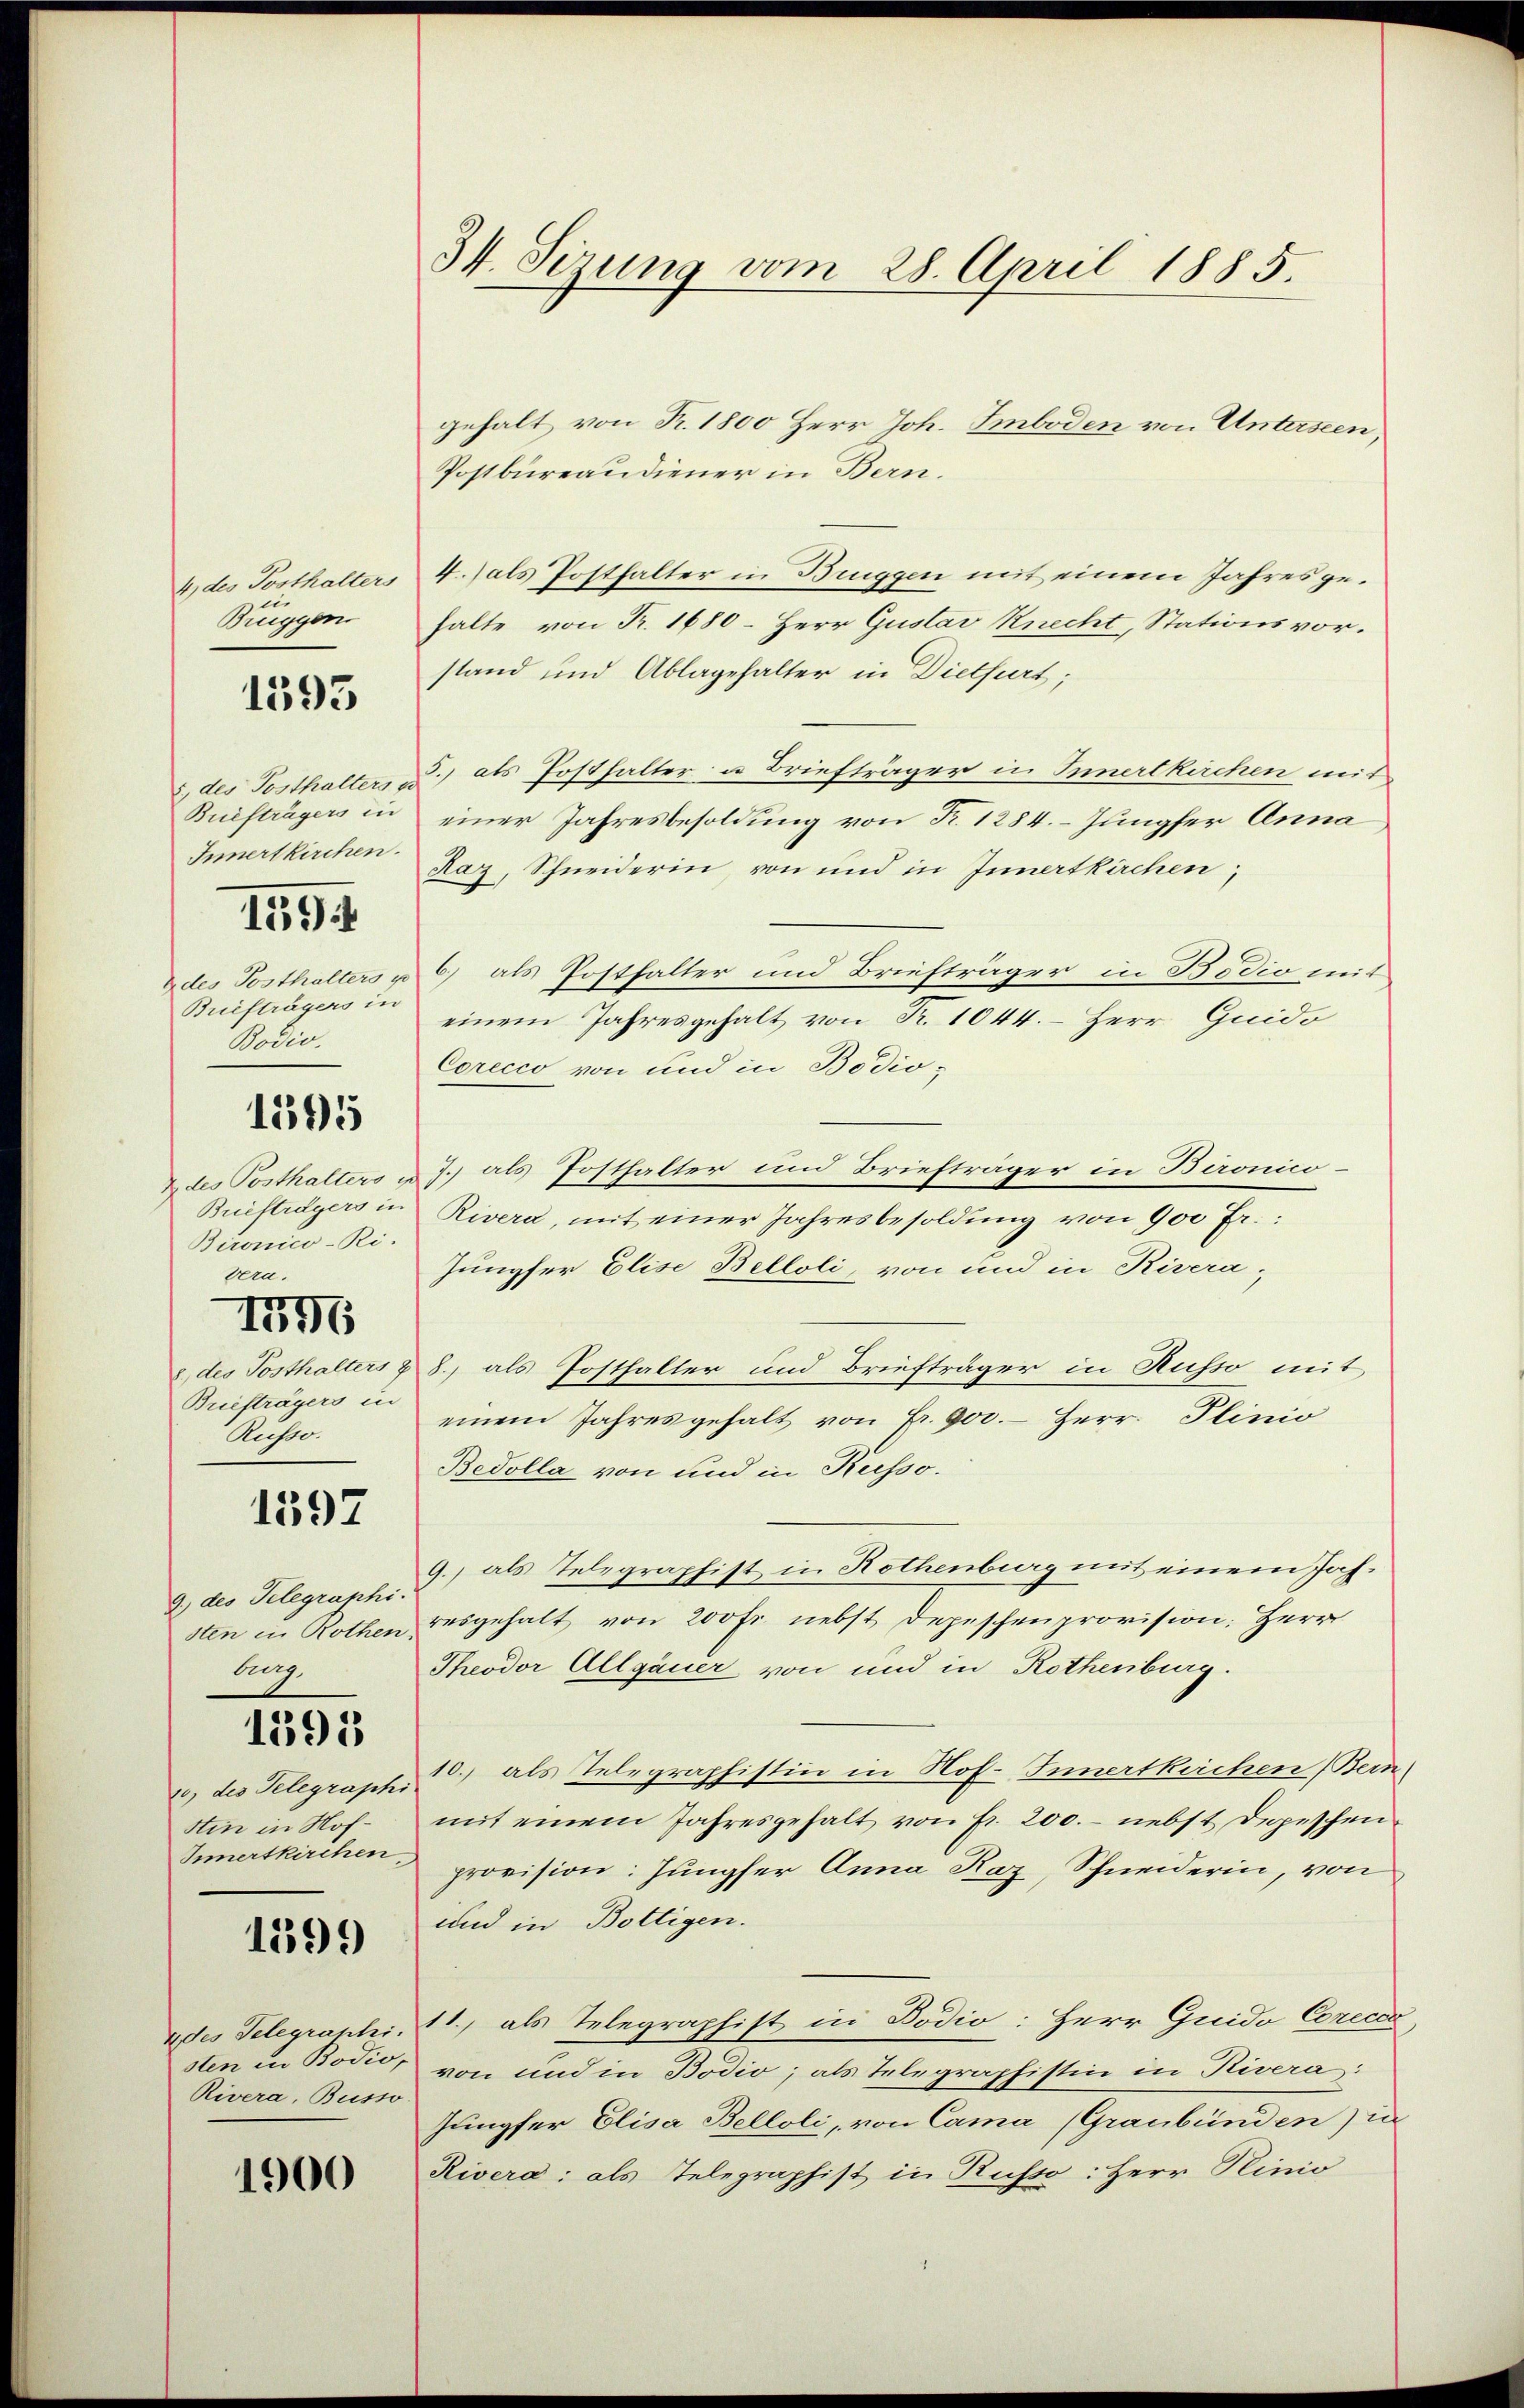
4 des Posthalters
i
Bruggen

1393

5., des Posthalters u
Briefträgers in
Innertkirchen.

159

ades Posthalters
Briefträgers in
Bodio.

1595

2 des Posthalters
Buiftrdyers in
Bironico-Ri-
vera.
1776
2. des Posthalters z
Briefträgers in
Russo.

1597

9.) des Telegraphi.
sten in Rothen
Aug.

1395

20) des Telegraph
stin in Hof¬
Innertkirchen

1599

udes Telegraphi
sten in Bodio,
Rivera, Busse

1900

34. Sizung vom 28. April 1885.

gehalt von Fr. 1800 Herr Joh. Smboden von Unterseen
Postbureaudiener in Bern.
4. als Posthalter in Bruggen mit einem Jahres gehalte von Fr. 1680 - Herr Gustav Knecht, Stationsvorstand und Ablagehalter in Dietfurt;
5. als Posthalter u Briefträger in Innertkirchen mit
einer Jahresbesoldung von R. 1284. Jungfer Anna
Raz, Schneiderin, von und in Innertkirchen;
b) als Postfalter und Briefträger in Bodio mit
einem Jahresgehalt von R. 1044. Herr Guido
Corecco von und in Bodio¬
J. als Posthalter und Briefträger in Bironico¬
Rivera, mit einer Jahresbesoldung von 900 fr.:
Jungfer Elise Belloli, von und in Rivera-
8.) als Posthalter und Briefträger in Russo mit
einem Jahresgehalt von Fr. 900. Herr. Plinio
Bedolla von und in Kusso.
9.) als Telegraphist in Rothenberg mit einem Jahresgehalt von 200 fr. nebst Depeschenprovision; Herr
Theodor Allgauer von und in Rothenburg.
10.) als Telegraphistin in Hof. Innertkirchen Bern
mit einem Jahresgehalt von fr. 200. - nebst Depeschen
provision: Jungfer Anna Raz, Schneiderin, von
und in Boltigen.
11., als Telegraphist in Bodio: Herr Guido Cozecca
von und in Bodio; als Telegraphistin in Rivera:
Jungfer Elisa Belloli, von Cama (Graubünden in
Rivera: als Telegraphist in Russo: Herr Hinio